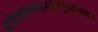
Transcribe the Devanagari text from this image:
कोदण्डचण्डशरतूणयुगाप्तभासः